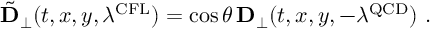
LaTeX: { \tilde { \bf D } } _ { \perp } ( t , x , y , \lambda ^ { \mathrm { C F L } } ) = \cos { \theta } \, { \bf D } _ { \perp } ( t , x , y , - \lambda ^ { \mathrm { Q C D } } ) \ .